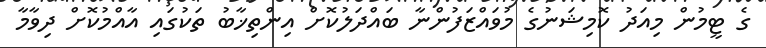
ގެ ޓީމުން މިއަދު ކޮމިޝަނުގެ މުވައްޒަފުންނާ ބައްދަލުކޮށް އިންތިޚާބު ތަކުގައި އާއްމުކޮށް ދިވާމާ